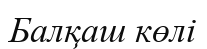
Балқаш көлі